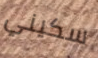
سكيني